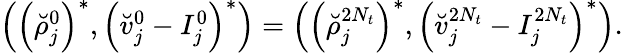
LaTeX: \begin{array}{r}{\left(\left(\breve{\rho}_{j}^{0}\right)^{*},\left(\breve{v}_{j}^{0}-I_{j}^{0}\right)^{*}\right)=\left(\left(\breve{\rho}_{j}^{2N_{t}}\right)^{*},\left(\breve{v}_{j}^{2N_{t}}-I_{j}^{2N_{t}}\right)^{*}\right).}\end{array}